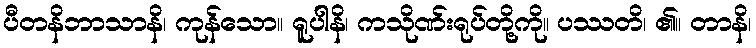
ပီတနိဘာသာနိ၊ ကုန်သော။ ရူပါနိ၊ ကသိုဏ်းရုပ်တို့ကို။ ပဿတိ၊ ၏။ တာနိ၊